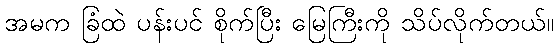
အမက ခြံထဲ ပန်းပင် စိုက်ပြီး မြေကြီးကို သိပ်လိုက်တယ်။